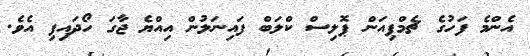
އެންމެ ފަހުގެ ޗެމްޕިއަން ޕޮލިސް ކްލަބް ފައިނަލުން އިއްޔެ ޖާގަ ހޯދައިފި އެވެ.